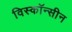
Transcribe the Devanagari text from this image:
विस्कॉन्सीन